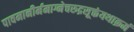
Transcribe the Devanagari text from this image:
पावमानीर्ममाग्नेचरुद्रसूक्तंयथाक्रमं